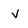
Character: V